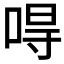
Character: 𠵨